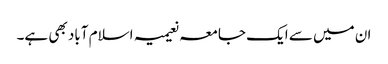
ان میں سے ایک جامعہ نعیمیہ اسلام آباد بھی ہے۔